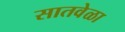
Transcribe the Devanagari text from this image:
सातवेळा